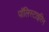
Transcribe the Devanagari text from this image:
पॉलिस्टाइरिन